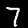
Digit: 7